Leaving Certificate Examination (including Day School Certificate (Higher) General paper), 1935
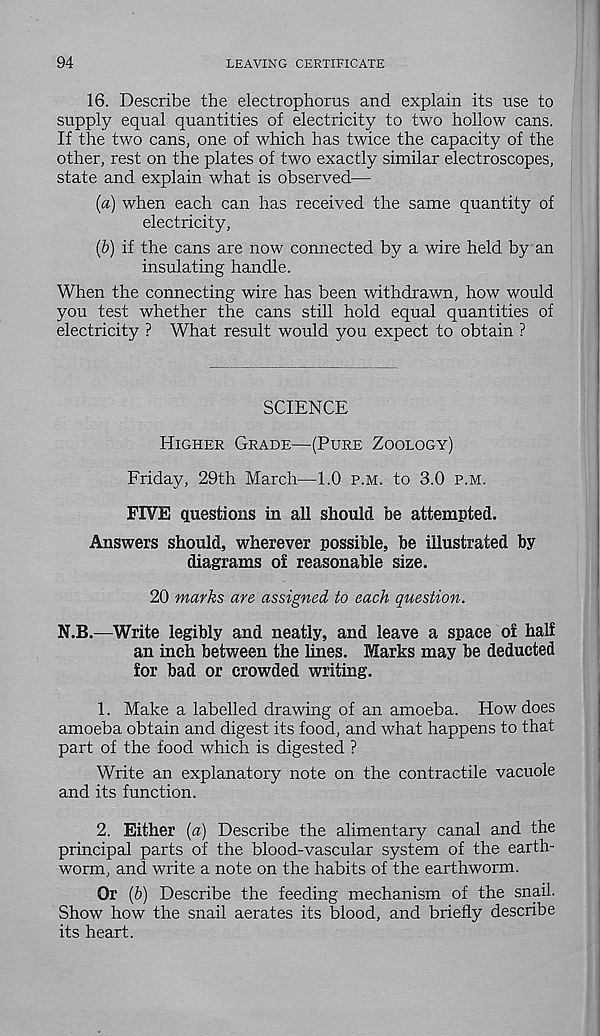
94
LEAVING CERTIFICATE
16. Describe the electrophorus and explain its use to
supply equal quantities of electricity to two hollow cans.
If the two cans, one of which has twice the capacity of the
other, rest on the plates of two exactly similar electroscopes,
state and explain what is observed—
[а) when each can has received the same quantity of
electricity,
(б) if the cans are now connected by a wire held by an
insulating handle.
When the connecting wire has been withdrawn, how would
you test whether the cans still hold equal quantities of
electricity ? What result would you expect to obtain ?
SCIENCE
Higher Grade—(Pure Zoology)
Friday, 29th March—1.0 p.m. to 3.0 p.m.
FIVE questions in all should be attempted.
Answers should, wherever possible, be illustrated by
diagrams ol reasonable size.
20 marks are assigned to each question.
N.B.—Write legibly and neatly, and leave a space of half
an inch between the lines. Marks may be deducted
for bad or crowded writing.
1. Make a labelled drawing of an amoeba. How does
amoeba obtain and digest its food, and what happens to that
part of the food which is digested ?
Write an explanatory note on the contractile vacuole
and its function.
2. Either {a) Describe the alimentary canal and the
principal parts of the blood-vascular system of the earth-
worm, and write a note on the habits of the earthworm.
Or (b) Describe the feeding mechanism of the snail.
Show how the snail aerates its blood, and briefly describe
its heart.